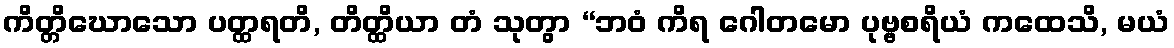
ကိတ္တိဃောသော ပတ္ထရတိ, တိတ္ထိယာ တံ သုတွာ “ဘဝံ ကိရ ဂေါတမော ပုဗ္ဗစရိယံ ကထေသိ, မယံ